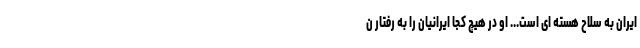
ایران به سلاح هسته ای است... او در هیچ کجا ایرانیان را به رفتار ن